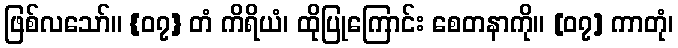
ဖြစ်လသော်။ {၀၇} တံ ကိရိယံ၊ ထိုပြုကြောင်း စေတနာကို။ [၀၇] ကာတုံ၊